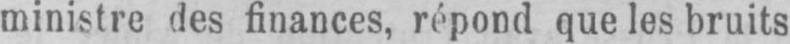
ministre des finances, répond que les bruits